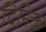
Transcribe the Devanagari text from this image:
दिनिक